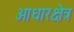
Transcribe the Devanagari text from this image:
आधारक्षेत्र